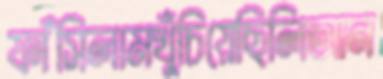
ফাঁসিলামখুঁচিয়েছিলিআন